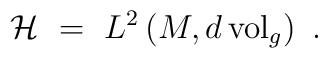
{\mathcal H} \ = \ L^2 \left( M, d\,{\rm vol}_g \right) \ .